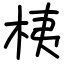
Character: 桋